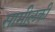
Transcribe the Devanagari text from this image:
सामीलकी